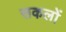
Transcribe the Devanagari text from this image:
सकलों